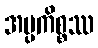
အပ္ပကိစ္စဿ